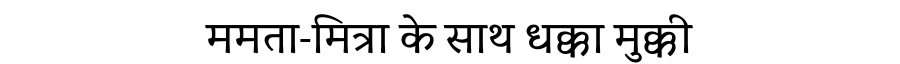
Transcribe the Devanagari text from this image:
ममता-मित्रा के साथ धक्का मुक्की